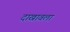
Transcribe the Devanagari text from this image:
दाखावला